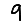
Digit: 9